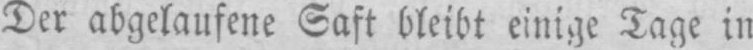
Der abgelaufene Saft bleibt einige Tage in